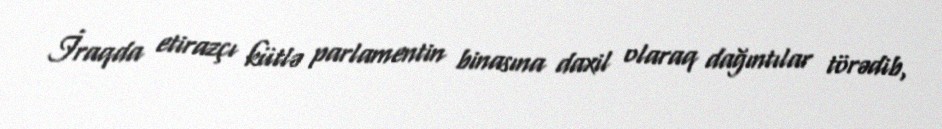
İraqda etirazçı kütlə parlamentin binasına daxil olaraq dağıntılar törədib,